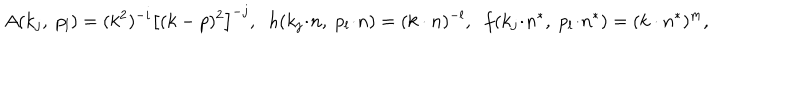
A ( k _ { j } , \; p _ { l } ) = ( k ^ { 2 } ) ^ { - i } \left[ ( k - p ) ^ { 2 } \right] ^ { - j } , \; \; h ( k _ { j } \! \cdot \! n , \; p _ { l } \! \cdot \! n ) = ( k \cdot n ) ^ { - l } , \; \; f ( k _ { j } \! \cdot \! n ^ { * } , \; p _ { l } \! \cdot \! n ^ { * } ) = ( k \cdot n ^ { * } ) ^ { m } ,